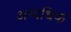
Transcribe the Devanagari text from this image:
अथ्यधिक